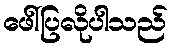
ဖေါ်ပြလိုပါသည်